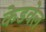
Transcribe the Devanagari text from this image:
केडवेल